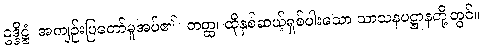
ဥဒ္ဒိဋ္ဌံ၊ အကျဉ်းပြတော်မူအပ်၏။ တတ္ထ၊ ထိုနှစ်ဆယ့်ရှစ်ပါးသော သာသနပဋ္ဌာနတို့တွင်။